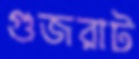
গুজরাট